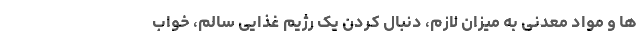
ها و مواد معدنی به میزان لازم، دنبال کردن یک رژیم غذایی سالم، خواب